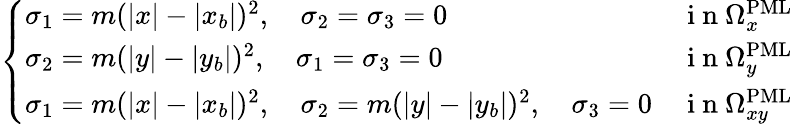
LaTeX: \left\{ \begin{array}{ll}{\sigma_{1}=m(|x|-|x_{b}|)^{2},\quad\sigma_{2}=\sigma_{3}=0}&{\mathrm{~i~n~}\Omega_{x}^{\mathrm{PML}}}\\ {\sigma_{2}=m(|y|-|y_{b}|)^{2},\quad\sigma_{1}=\sigma_{3}=0}&{\mathrm{~i~n~}\Omega_{y}^{\mathrm{PML}}}\\ {\sigma_{1}=m(|x|-|x_{b}|)^{2},\quad\sigma_{2}=m(|y|-|y_{b}|)^{2},\quad\sigma_{3}=0}&{\mathrm{~i~n~}\Omega_{xy}^{\mathrm{PML}}}\end{array}\right.